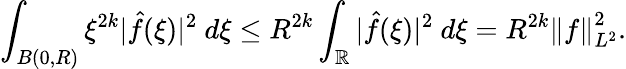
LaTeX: \int_{B(0,R)}\xi^{2k}|\hat{f}(\xi)|^{2}\ d\xi\leq R^{2k}\int_{\mathbb{R}}|\hat{f}(\xi)|^{2}\ d\xi=R^{2k}\left\| f\right\| _{L^{2}}^{2}.